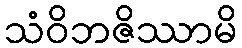
သံဝိဘဇိဿာမိ